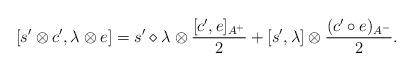
LaTeX: \begin{align*}[s'\otimes c',\lambda\otimes e]=s'\diamond\lambda\otimes\frac{[c',e]_{A^{+}}}{2}+[s',\lambda]\otimes\frac{(c'\circ e)_{A^{-}}}{2}.\end{align*}